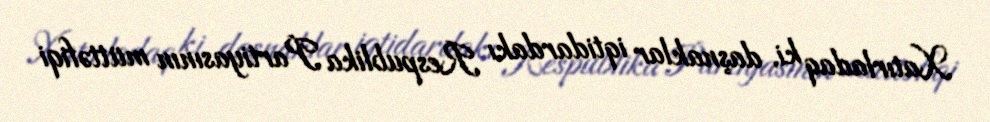
Xatırladaq ki, daşnaklar iqtidardakı Respublika Partiyasının müttəfiqi